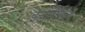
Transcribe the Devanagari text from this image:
इंडोर्फिन